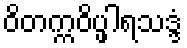
ဝိတက္ကဝိပ္ဖါရသဒ္ဒံ